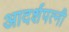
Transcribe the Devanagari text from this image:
आदर्शपत्नी